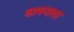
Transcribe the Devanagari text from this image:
सायनाला